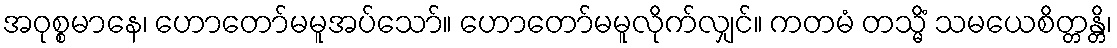
အဝုစ္စမာနေ၊ ဟောတော်မမူအပ်သော်။ ဟောတော်မမူလိုက်လျှင်။ ကတမံ တသ္မိံ သမယေစိတ္တန္တိ၊